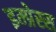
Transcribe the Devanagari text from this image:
इम्प्रेस्स